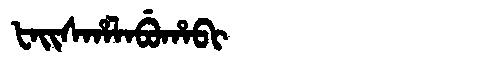
Manchu: ᡶᠠᡳᠰᡥᠠᠯᠠᠪᡠᡥᠠᠪᡳ
Romanization: FAISHALABUHABI